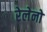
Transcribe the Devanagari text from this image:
रेलेनो